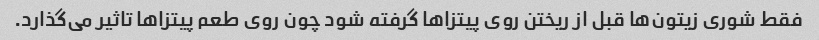
فقط شوری زیتون‌ها قبل از ریختن روی پیتزا‌ها گرفته شود چون روی طعم پیتزا‌ها تاثیر می‌گذارد.